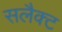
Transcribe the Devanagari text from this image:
सलैक्ट